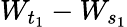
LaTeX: W_{t_{1}}-W_{s_{1}}